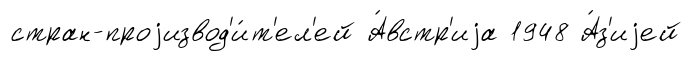
стран-проjизвод'и́т'ел'ей А́встр'иjа 1948 А́з'иjей